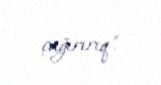
çağırırıq".